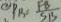
P B = \frac { F B } { S B }